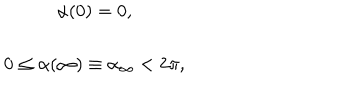
\begin{array} { c } { { \alpha ( 0 ) = 0 , } } \\ { { 0 \leq \alpha ( \infty ) \equiv \alpha _ { \infty } < 2 \pi , } } \\ \end{array}